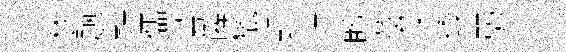
椘题鞋儒甍喉獵覲討盻蔭凍透弱